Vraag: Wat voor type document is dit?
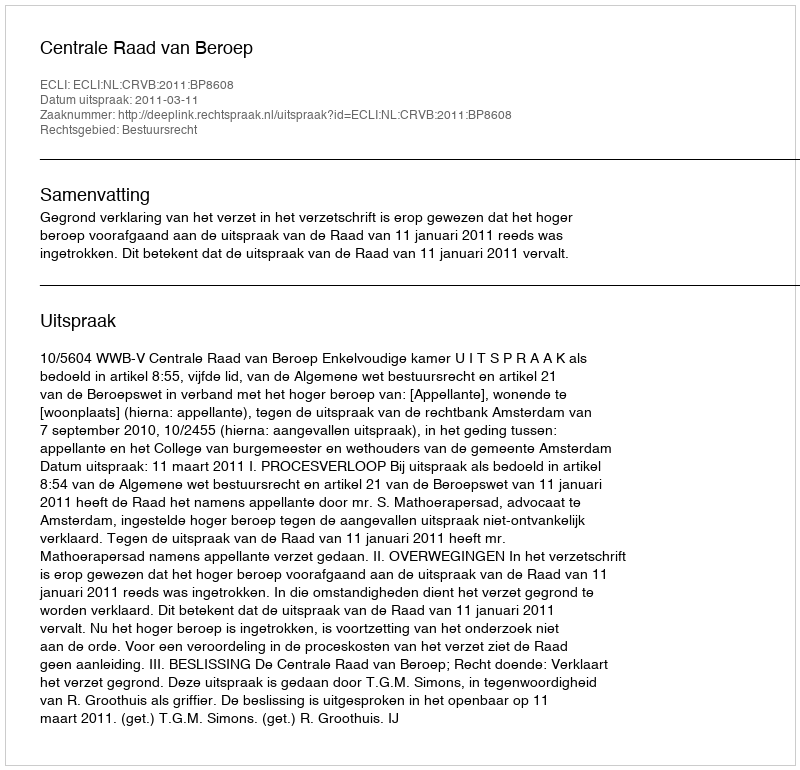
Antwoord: Uitspraak